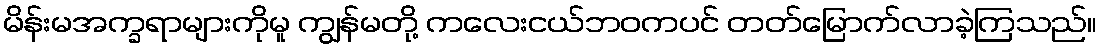
မိန်းမအက္ခရာများကိုမူ ကျွန်မတို့ ကလေးငယ်ဘဝကပင် တတ်မြောက်လာခဲ့ကြသည်။